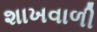
શાખવાળી